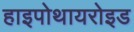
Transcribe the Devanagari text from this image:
हाइपोथायरोइड